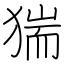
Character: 猯